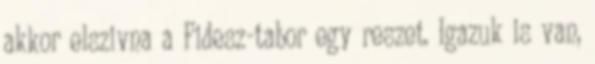
akkor elszivna a Fidesz-tabor egy reszet. Igazuk is van,